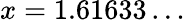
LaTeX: x=1.61633\dots